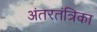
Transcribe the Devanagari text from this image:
अंतरतंत्रिका